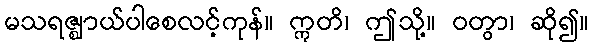
မသရဇ္ဈာယ်ပါစေလင့်ကုန်။ ဣတိ၊ ဤသို့။ ဝတွာ၊ ဆို၍။